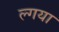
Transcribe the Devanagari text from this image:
ल्गया